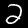
Digit: 2